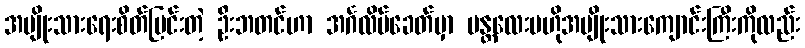
အမျိုးသားရေးစိတ်ပြင်းတဲ့ ဦးဘတင်ဟာ အင်္ဂလိပ်ခေတ်မှာ မန္တလေးဗဟိုအမျိုးသားကျောင်းကြီးကိုလည်း